Senior Leaving Certificate Examination (including Day School Certificate (Higher) General paper), 1950
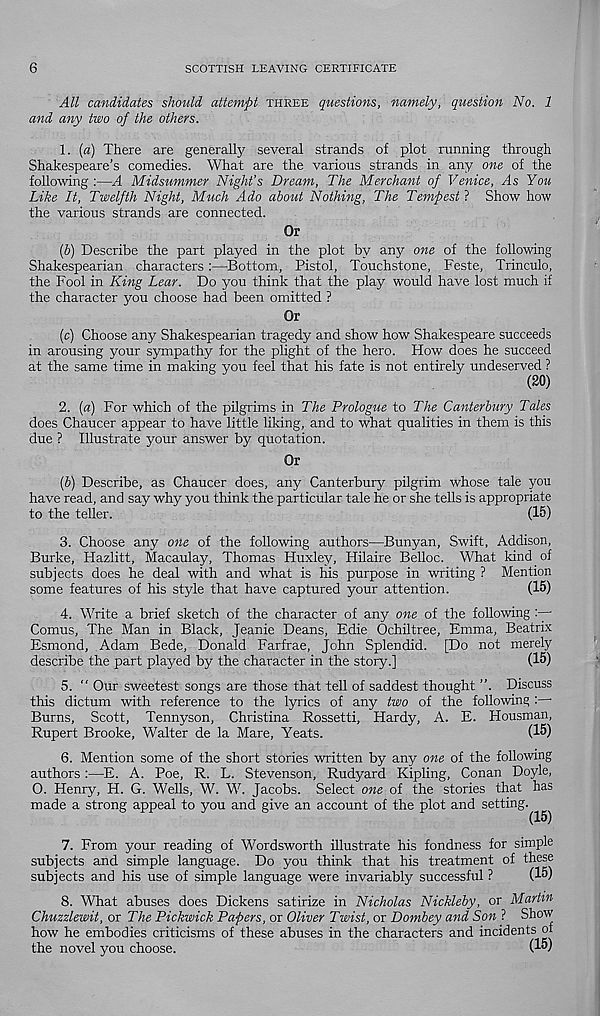
6
SCOTTISH LEAVING CERTIFICATE
All candidates should attempt THREE questions, namely, question No. 1
and any two of the others.
1. {a) There are generally several strands of plot running through
Shakespeare’s comedies. What are the various strands in any one of the
following :—A Midsummer Night’s Dream, The Merchant of Venice, As You
Like It, Twelfth Night, Much Ado about Nothing, The Tempest ? Show how
the various strands are connected.
Or
(5) Describe the part played in the plot by any one of the following
Shakespearian characters—Bottom, Pistol, Touchstone, Feste, Trinculo,
the Fool in King Lear. Do you think that the play would have lost much if
the character you choose had been omitted ?
Or
(c) Choose any Shakespearian tragedy and show how Shakespeare succeeds
in arousing your sympathy for the plight of the hero. How does he succeed
at the same time in making you feel that his fate is not entirely undeserved ?
(20)
2. (a) For which of the pilgrims in The Prologue to The Canterbury Tales
does Chaucer appear to have little liking, and to what qualities in them is this
due ? Illustrate your answer by quotation.
Or
(f>) Describe, as Chaucer does, any Canterbury pilgrim whose tale you
have read, and say why you think the particular tale he or she tells is appropriate
to the teller.
(15)
3. Choose any one of the following authors—Bunyan, Swift, Addison,
Burke, Hazlitt, Macaulay, Thomas Huxley, Hilaire Belloc. What kind, of
subjects does he deal with and what is his purpose in writing ? Mention
some features of his style that have captured your attention.
(15)
4. Write a brief sketch of the character of any one of the following
Comus, The Man in Black, Jeanie Deans, Edie Ochiltree, Emma, Beatrix
Esmond, Adam Bede, Donald Farfrae, John Splendid. [Do not merely
describe the part played by the character in the story.]
(15)
5. “ Our sweetest songs are those that tell of saddest thought ”. Discuss
this dictum with reference to the lyrics of any two of the following :—•
Burns, Scott, Tennyson, Christina Rossetti, Hardy, A. E. Housman,
Rupert Brooke, Walter de la Mare, Yeats.
(15)
6. Mention some of the short stories written by any one of the following
authors :•—E. A. Poe, R. L. Stevenson, Rudyard Kipling, Conan Doyle,
O. Henry, H. G. Wells, W. W. Jacobs. Select one of the stories that has
made a strong appeal to you and give an account of the plot and setting.
(15)
7. From your reading of Wordsworth illustrate his fondness for simple
subjects and simple language. Do you think that his treatment of these
subjects and his use of simple language were invariably successful ?
(15)
8. What abuses does Dickens satirize in Nicholas Nickleby, or Martin
Chuzzlewit, or The Pickwick Papers, or Oliver Twist, or Dombey and Son ? Show
how he embodies criticisms of these abuses in the characters and incidents ol
the novel you choose.
(15)